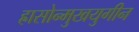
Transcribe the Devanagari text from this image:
ह्रासोन्मुखयुगीन